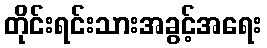
တိုင်းရင်းသားအခွင့်အရေး